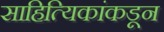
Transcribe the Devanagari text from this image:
साहित्यिकांकडून